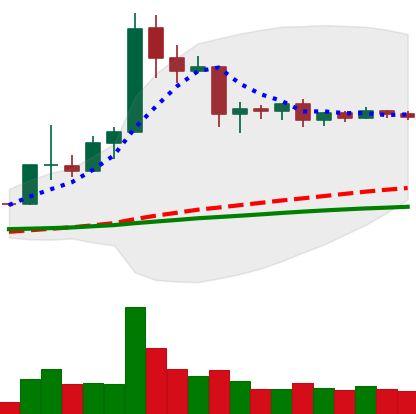
Ticker: ETC-USD
Chart end date: 2019-04-20
Forward return: -13.61%
Label: down_7plus